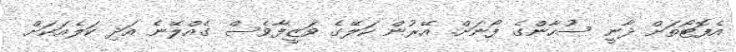
އެފޮޓޯތަށް ދާނީ ސުހާންގެ ފޯނަށް. އޭރުން ކަލޭގެ ވަޒީފާވެސް ގެއްލޭނެ އަދި ކަލެއަކަށް